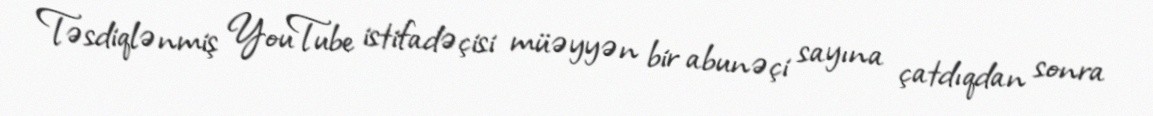
Təsdiqlənmiş YouTube istifadəçisi müəyyən bir abunəçi sayına çatdıqdan sonra